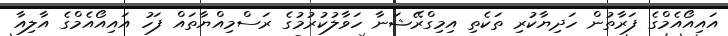
އައިއޯއެމްގެ ފަރާތުން ހަދިޔާކުރި ތަކެތި އިމިގްރޭޝަނާ ހަވާލުކުރުމުގެ ރަސްމިއްޔާތައް ފަހު އައިއޯއެމްގެ އާލިއާ